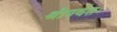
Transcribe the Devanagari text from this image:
श्रीपर्वतः